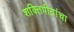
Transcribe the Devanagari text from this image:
शक्तिपीठांचा